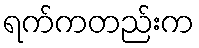
ရက်ကတည်းက